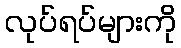
လုပ်ရပ်များကို